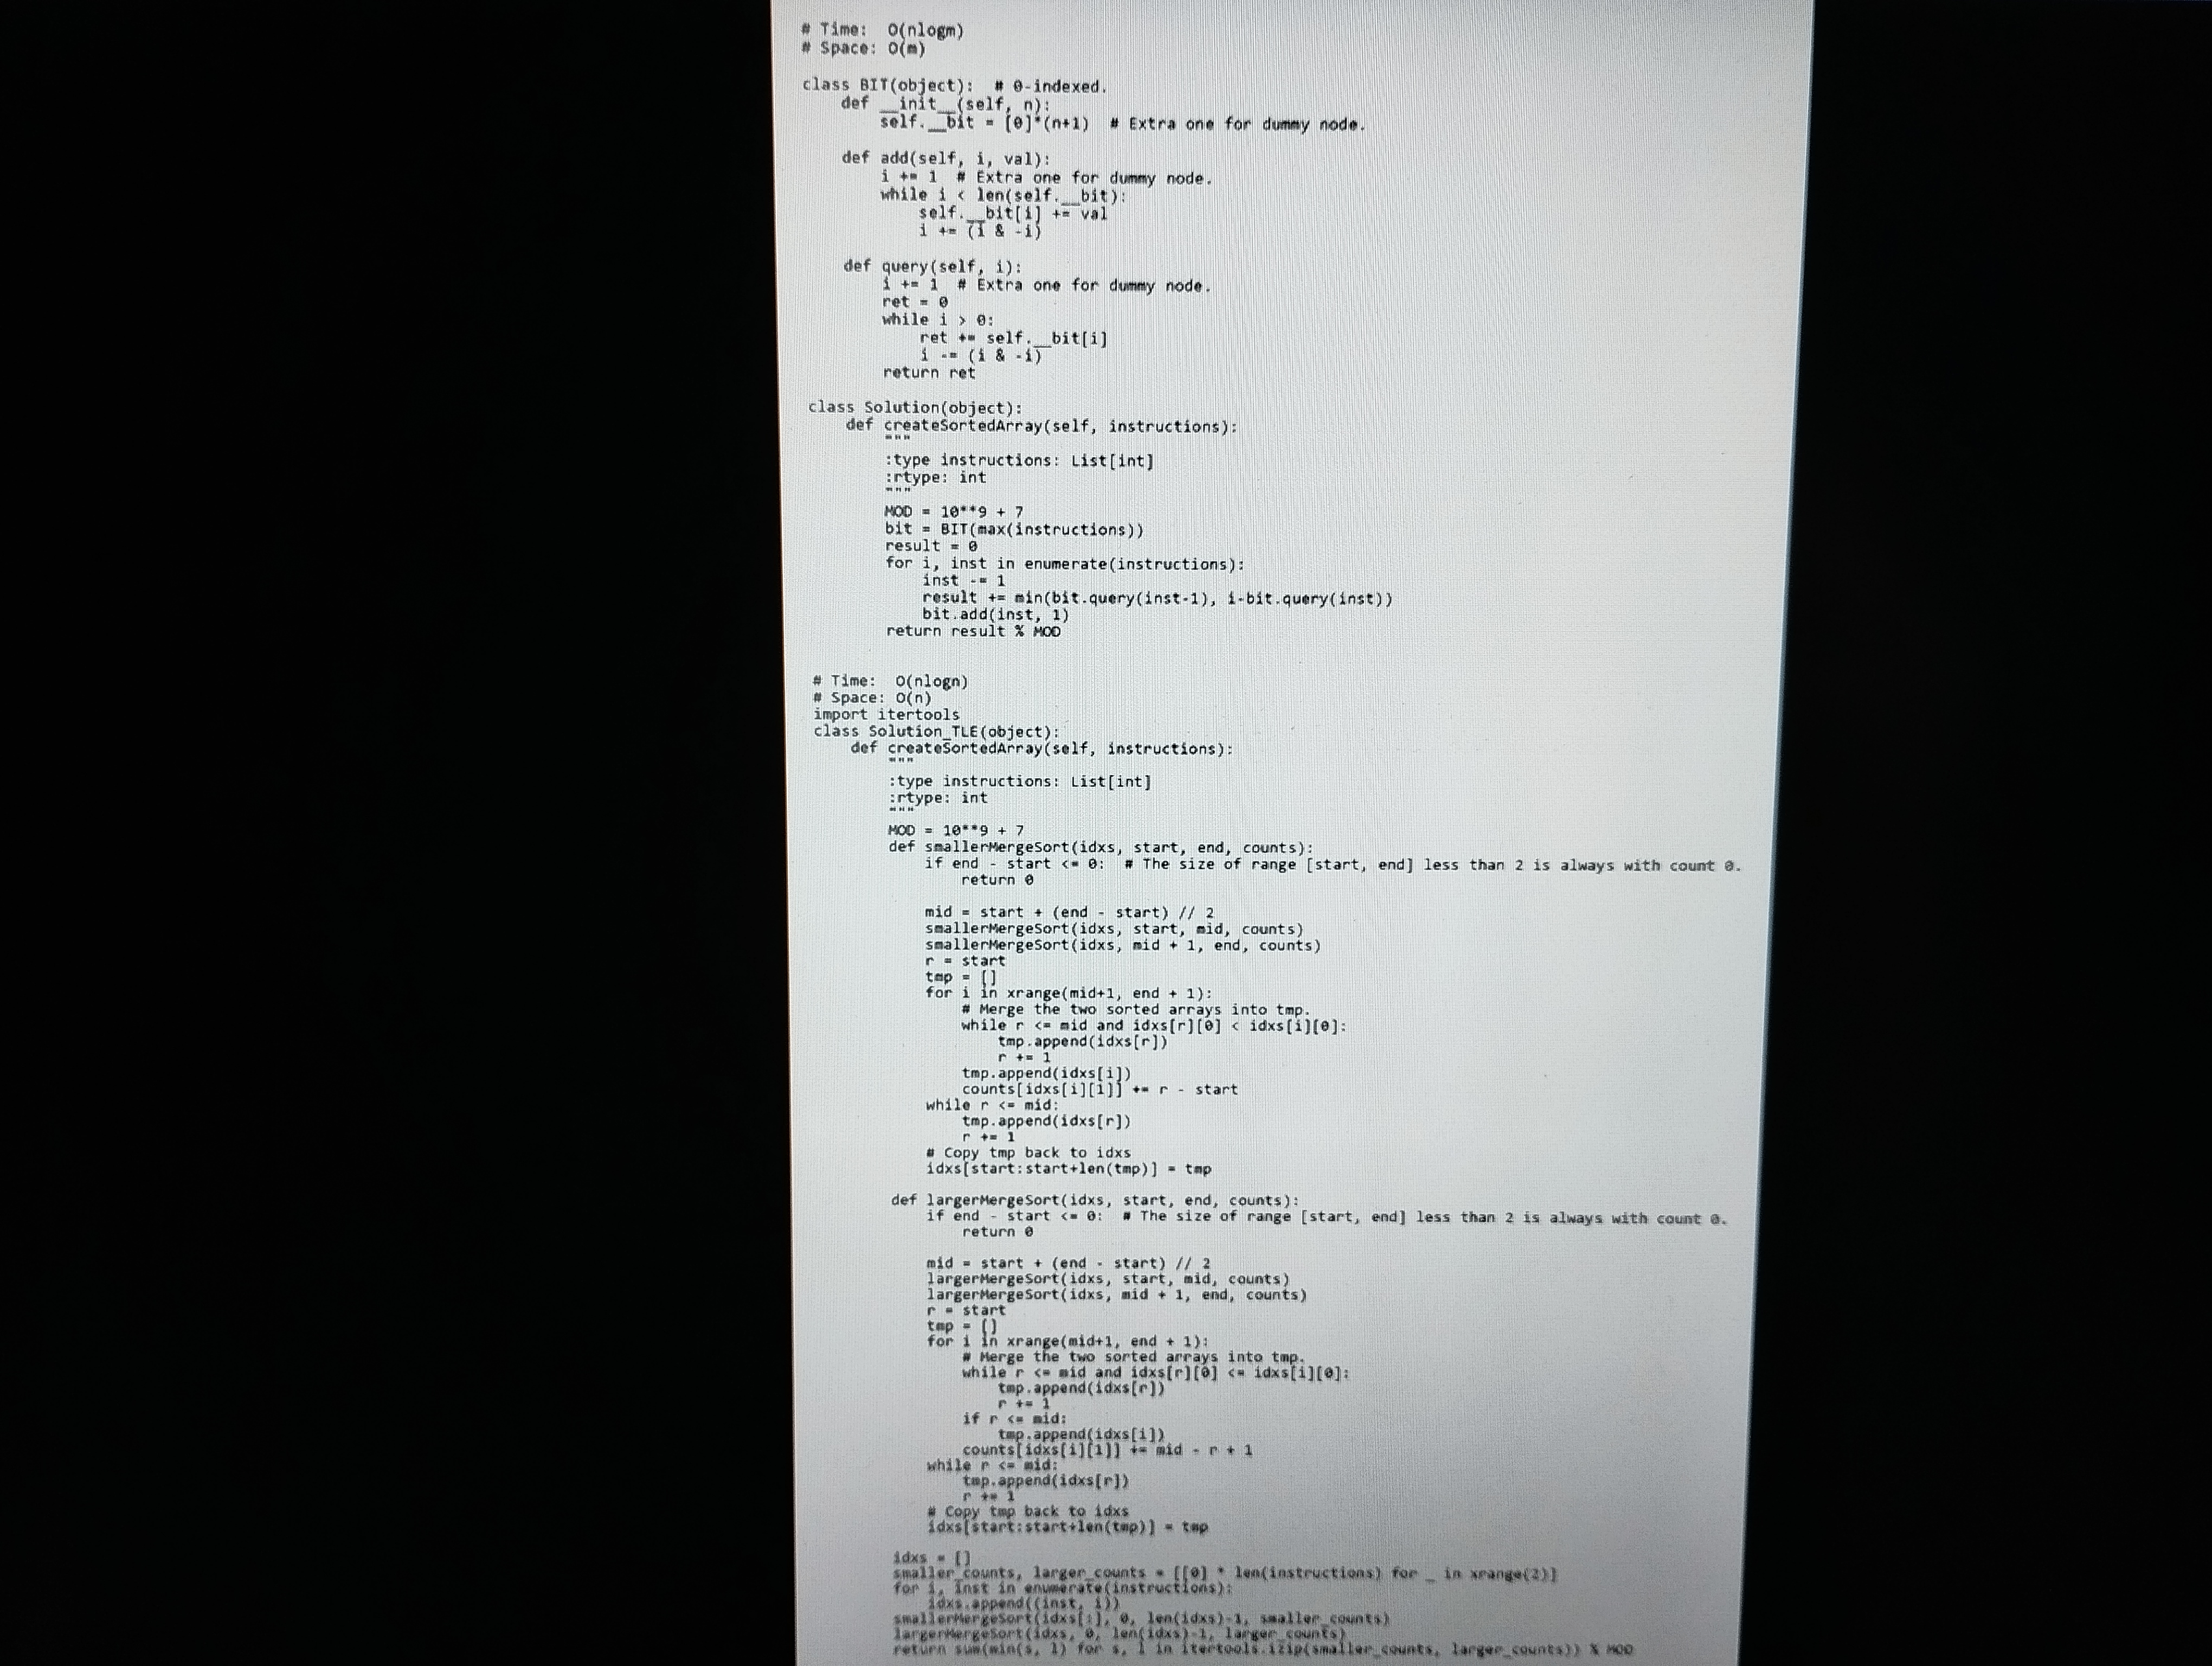
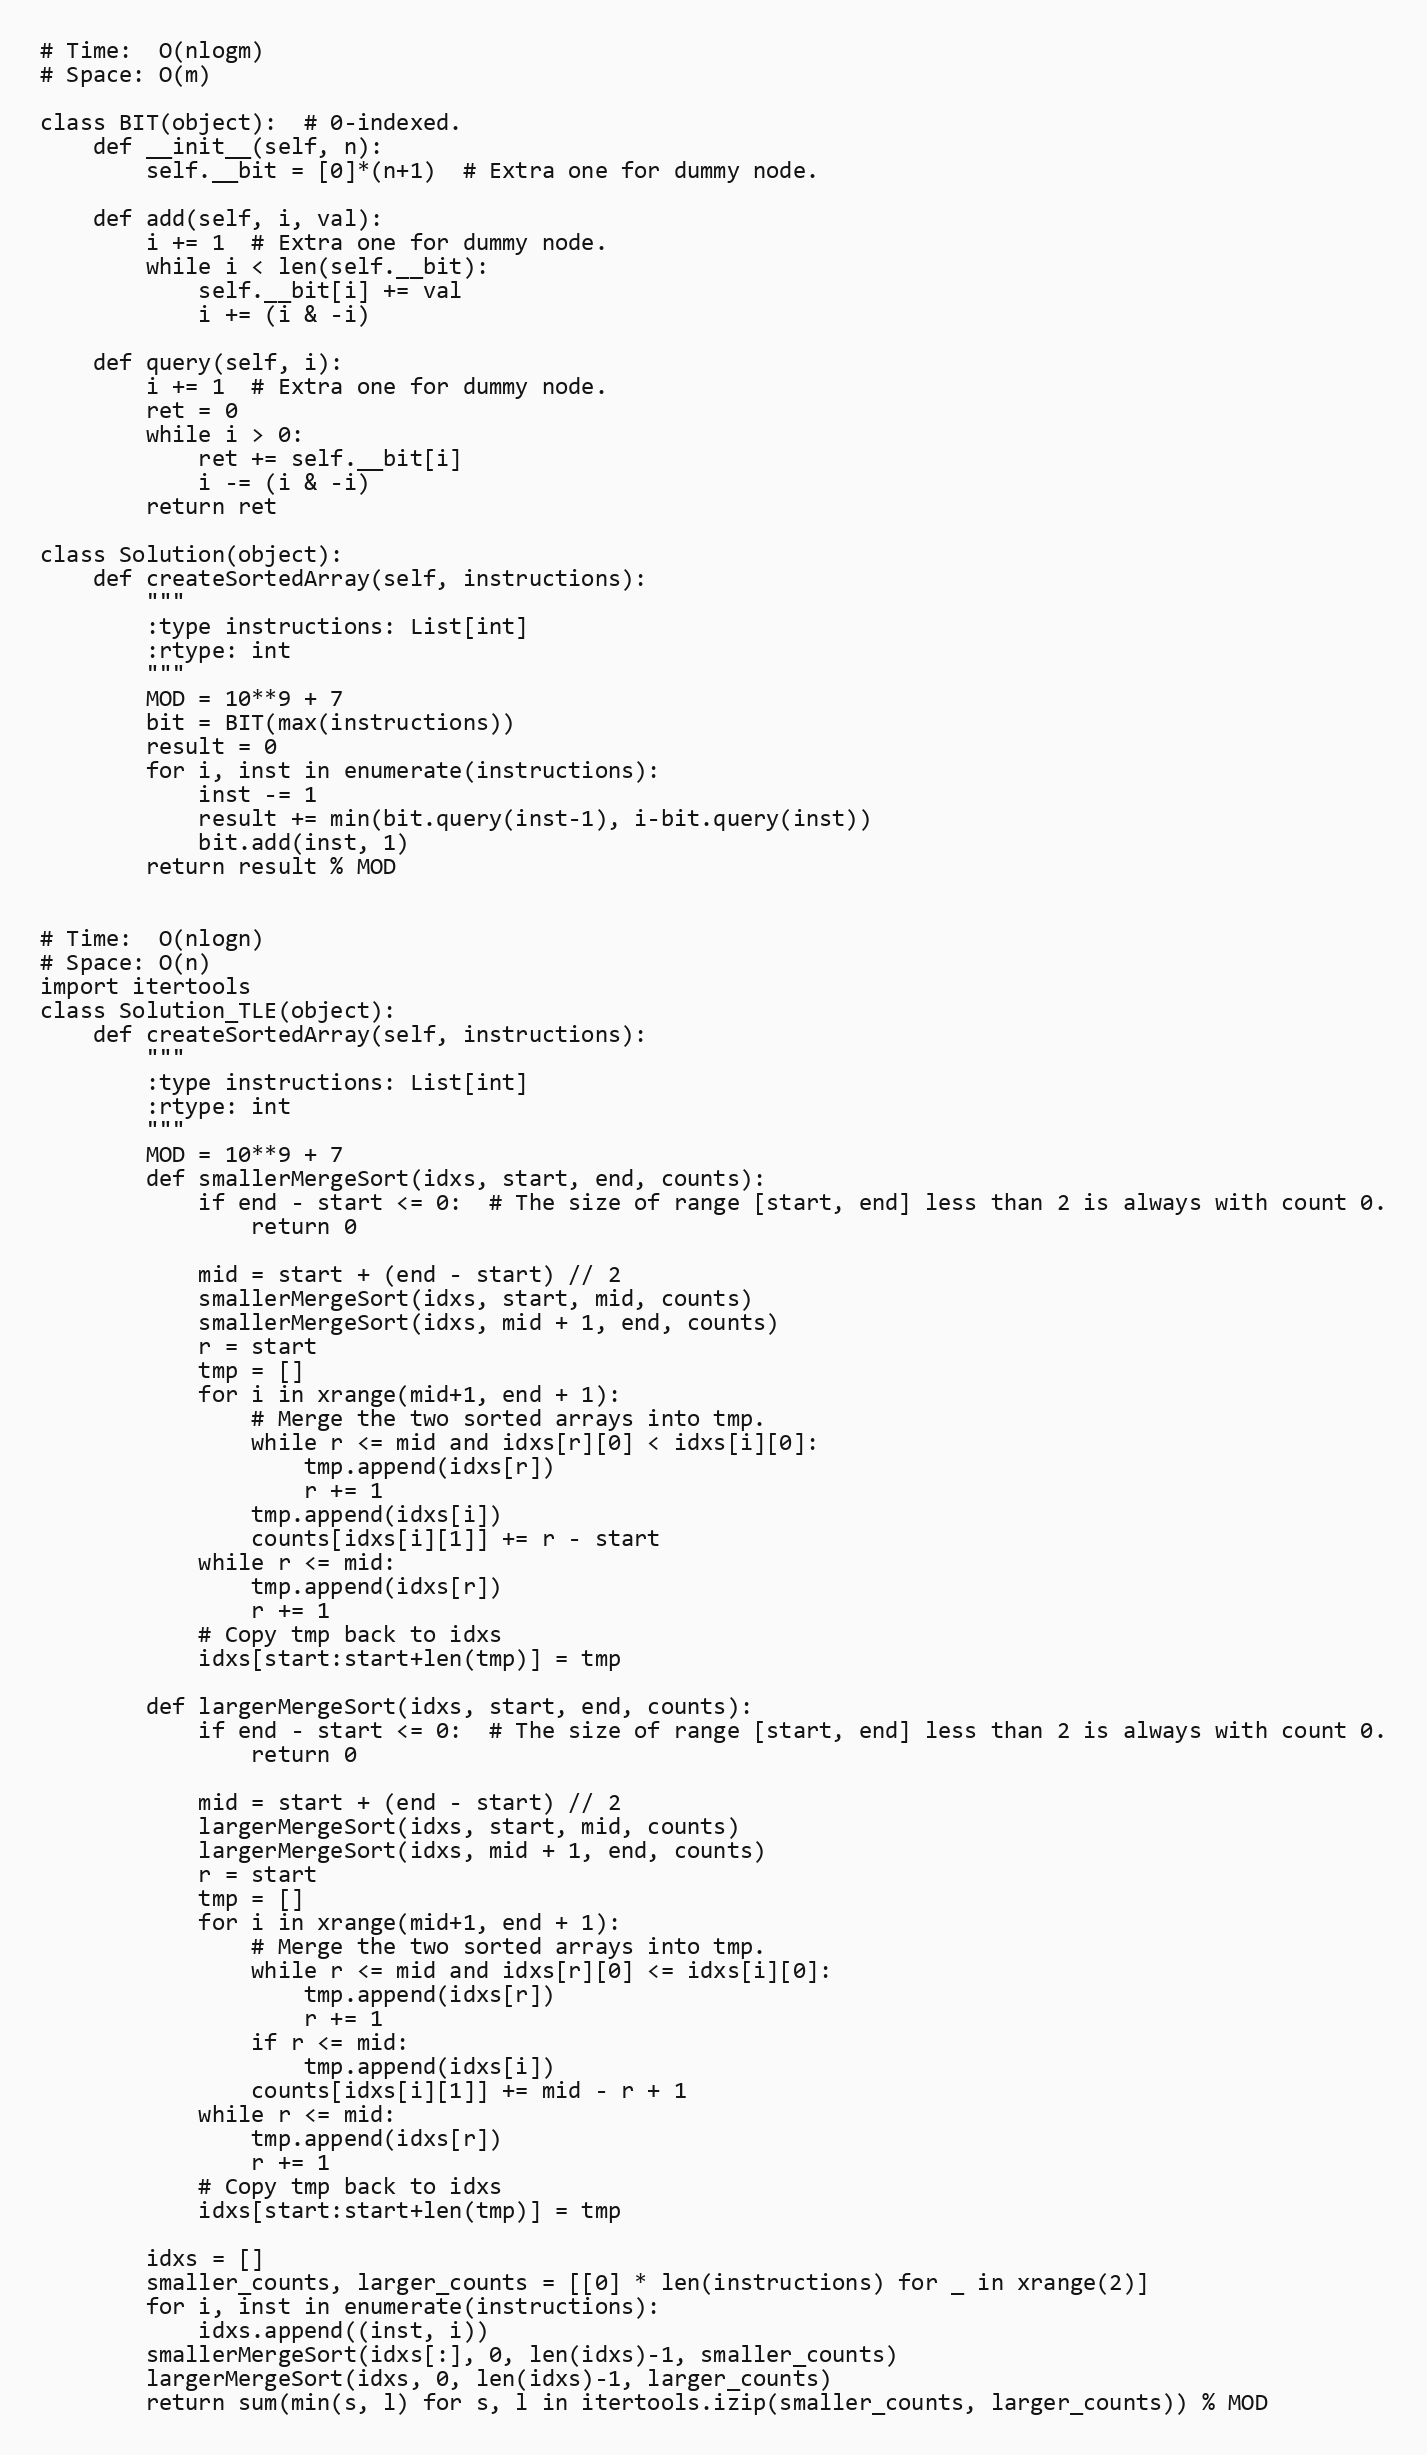
# Time:  O(nlogm)
# Space: O(m)

class BIT(object):  # 0-indexed.
    def __init__(self, n):
        self.__bit = [0]*(n+1)  # Extra one for dummy node.

    def add(self, i, val):
        i += 1  # Extra one for dummy node.
        while i < len(self.__bit):
            self.__bit[i] += val
            i += (i & -i)

    def query(self, i):
        i += 1  # Extra one for dummy node.
        ret = 0
        while i > 0:
            ret += self.__bit[i]
            i -= (i & -i)
        return ret

class Solution(object):
    def createSortedArray(self, instructions):
        """
        :type instructions: List[int]
        :rtype: int
        """
        MOD = 10**9 + 7
        bit = BIT(max(instructions))
        result = 0
        for i, inst in enumerate(instructions):
            inst -= 1
            result += min(bit.query(inst-1), i-bit.query(inst))
            bit.add(inst, 1)
        return result % MOD

# Time:  O(nlogn)
# Space: O(n)
import itertools
class Solution_TLE(object):
    def createSortedArray(self, instructions):
        """
        :type instructions: List[int]
        :rtype: int
        """
        MOD = 10**9 + 7
        def smallerMergeSort(idxs, start, end, counts):
            if end - start <= 0:  # The size of range [start, end] less than 2 is always with count 0.
                return 0

            mid = start + (end - start) // 2
            smallerMergeSort(idxs, start, mid, counts)
            smallerMergeSort(idxs, mid + 1, end, counts)
            r = start
            tmp = []
            for i in xrange(mid+1, end + 1):
                # Merge the two sorted arrays into tmp.
                while r <= mid and idxs[r][0] < idxs[i][0]:
                    tmp.append(idxs[r])
                    r += 1
                tmp.append(idxs[i])
                counts[idxs[i][1]] += r - start
            while r <= mid:
                tmp.append(idxs[r])
                r += 1
            # Copy tmp back to idxs
            idxs[start:start+len(tmp)] = tmp

        def largerMergeSort(idxs, start, end, counts):
            if end - start <= 0:  # The size of range [start, end] less than 2 is always with count 0.
                return 0

            mid = start + (end - start) // 2
            largerMergeSort(idxs, start, mid, counts)
            largerMergeSort(idxs, mid + 1, end, counts)
            r = start
            tmp = []
            for i in xrange(mid+1, end + 1):
                # Merge the two sorted arrays into tmp.
                while r <= mid and idxs[r][0] <= idxs[i][0]:
                    tmp.append(idxs[r])
                    r += 1
                if r <= mid:
                    tmp.append(idxs[i])
                counts[idxs[i][1]] += mid - r + 1
            while r <= mid:
                tmp.append(idxs[r])
                r += 1
            # Copy tmp back to idxs
            idxs[start:start+len(tmp)] = tmp

        idxs = []
        smaller_counts, larger_counts = [[0] * len(instructions) for _ in xrange(2)]
        for i, inst in enumerate(instructions):
            idxs.append((inst, i))
        smallerMergeSort(idxs[:], 0, len(idxs)-1, smaller_counts)
        largerMergeSort(idxs, 0, len(idxs)-1, larger_counts)
        return sum(min(s, l) for s, l in itertools.izip(smaller_counts, larger_counts)) % MOD